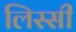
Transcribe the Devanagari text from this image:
लिस्सी